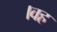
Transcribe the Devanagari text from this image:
।वह